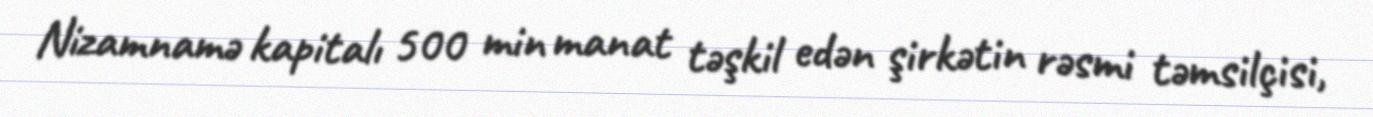
Nizamnamə kapitalı 500 min manat təşkil edən şirkətin rəsmi təmsilçisi,